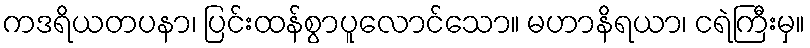
ကဒရိယတပနာ၊ ပြင်းထန်စွာပူလောင်သော။ မဟာနိရယာ၊ ငရဲကြီးမှ။